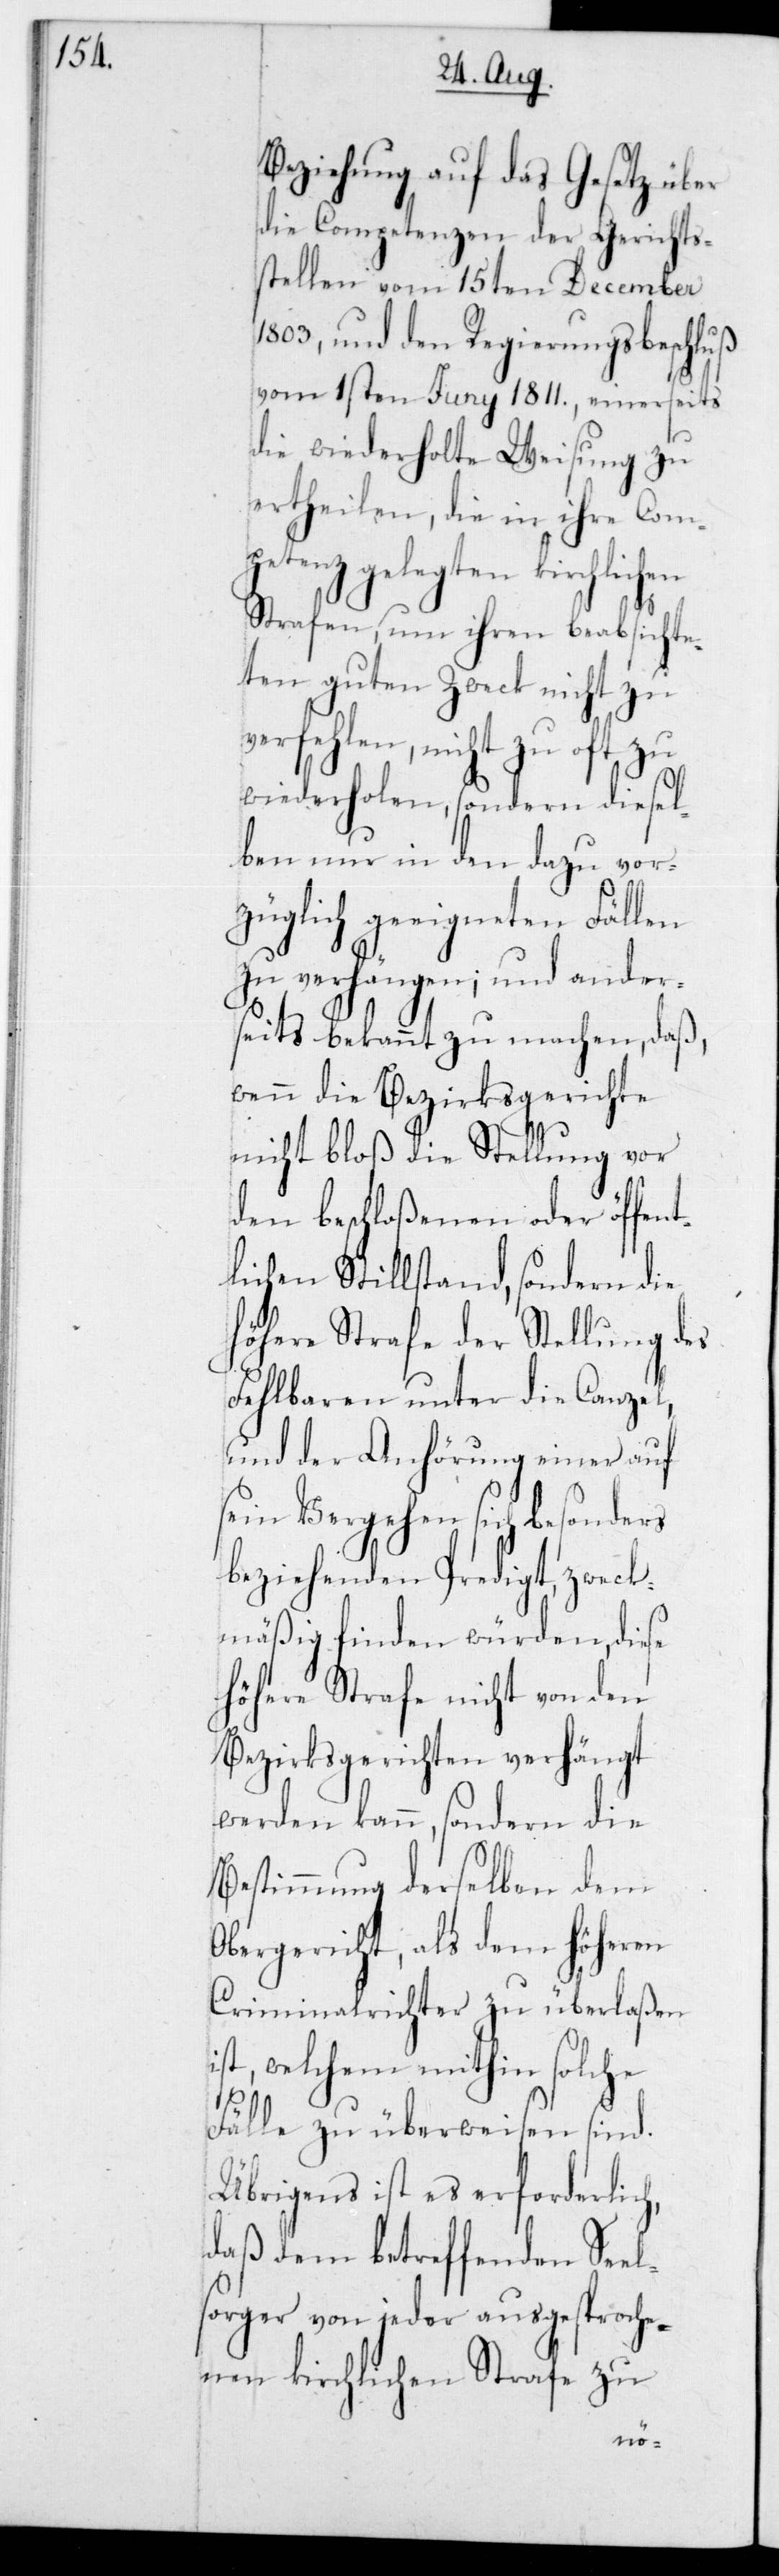
Beziehung auf das Gesetz über
die Competenzen der Gerichts¬
stellen vom 15ten December
1803, und dem Regierungsbeschluß
vom 1sten Junii 1811, einerseits
die wiederholte Weisung zu
petenz gelegten kirchlichen
Strafen, um ihren beabsichte¬
ten guten Zweck nicht zu
verfehlen, nicht zu oft zu
wiederholen, sondern diesel¬
ben nur in den dazu vor¬
züglich geeigneten Fällen
zu verhängen; und ander¬
seits bekannt zu machen, daß,
wenn die Bezirksgerichte
nicht bloß die Stellung vor
den beschloßenen oder öffen¬
tlichen Stillstand, sondern die
höhere Strafe der Stellung des
Fehlbaren unter die Canzel,
und der Anhörung einer auf
sein Vergehen sich besonders
beziehenden Predigt, zweck¬
mäßig finden würden, diese
höhere Strafe nicht von den
Bezirksgerichten verhängt
werden kann, sondern die
Bestimmung derselben dem
Obergericht, als dem höheren
Criminalrichter zu überlaßen
st, welchem mithin solche
Fälle zu überweisen sind.
Übrigens ist es erforderlich,
daß dem betreffenden Seel¬
sorger von jeder ausgesproche¬
nen kirchlichen Strafe zu
i¬